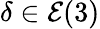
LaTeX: \delta\in\mathcal{E}(3)